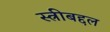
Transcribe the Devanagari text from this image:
स्त्रीबद्दल